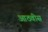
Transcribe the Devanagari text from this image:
आठवीस